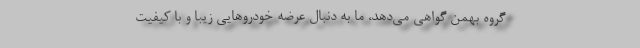
گروه بهمن گواهی می‌دهد، ما به دنبال عرضه خودروهایی زیبا و با کیفیت